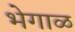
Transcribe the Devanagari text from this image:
भेगाळ